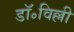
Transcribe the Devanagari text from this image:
डॉ॰विल्ली